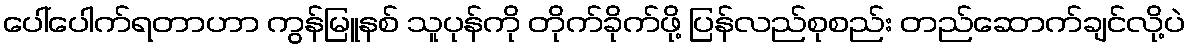
ပေါ်ပေါက်ရတာဟာ ကွန်မြူနစ် သူပုန်ကို တိုက်ခိုက်ဖို့ ပြန်လည်စုစည်း တည်ဆောက်ချင်လို့ပဲ